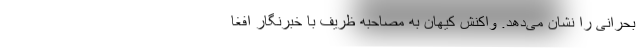
بحرانی را نشان می‌دهد. واکنش کیهان به مصاحبه ظریف با خبرنگار افغا